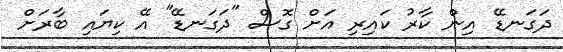
ދަގަނޑޭ އިން ކާރު ކައިރި އަށް ގޮސް "ދަގަނޑޭ" އޭ ކިޔައި ބާރަށް